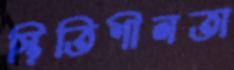
স্থিতিশীলতা